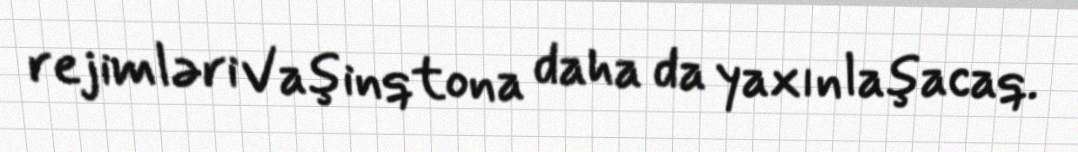
rejimləri Vaşinqtona daha da yaxınlaşacaq.